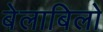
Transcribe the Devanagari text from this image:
बेलाबिलो